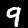
Digit: 9